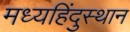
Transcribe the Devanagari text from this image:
मध्यहिंदुस्थान